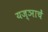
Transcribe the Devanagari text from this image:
यज्ञाचें